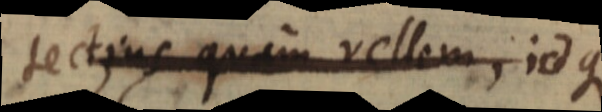
tectius quam vellem, idque